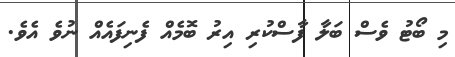
މި ބޯޓު ވެސް ބަލާ ފާސްކުރި އިރު ބޮމެއް ފެނިފައެއް ނުވެ އެވެ.